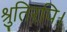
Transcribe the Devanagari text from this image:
श्रुतिरपि।